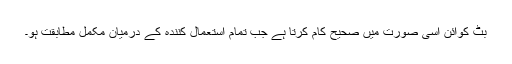
بِٹ کوائن اسی صورت میں صحیح کام کرتا ہے جب تمام استعمال کنندہ کے درمیان مکمل مطابقت ہو۔